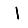
Digit: 1